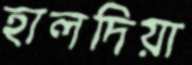
হালদিয়া